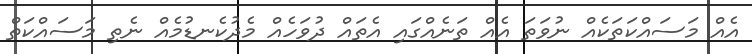
އެއް މަސައްކަތަކެއް ނުވަތަ އެއް ތަނެއްގައި އެތައް ދުވަހެއް މެދުކެނޑުމެއް ނެތި މަސައްކަތް